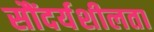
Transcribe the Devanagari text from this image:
सौंदर्यशीलता